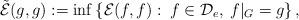
LaTeX: \begin{align*}\tilde{\mathcal{E}}(g,g):=\inf\left\{\mathcal{E}(f,f):\:f\in\mathcal{D}_e,\:f|_{G}=g\right\},\end{align*}